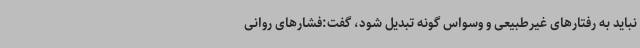
نباید به رفتارهای غیرطبیعی و وسواس گونه تبدیل شود، گفت:‌فشارهای روانی